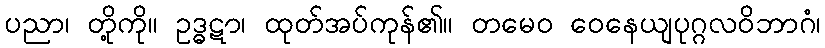
ပညာ၊ တို့ကို။ ဥဒ္ဓဋာ၊ ထုတ်အပ်ကုန်၏။ တမေဝ ဝေနေယျပုဂ္ဂလဝိဘာဂံ၊